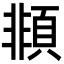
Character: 䫍